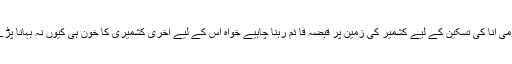
قومی انا کی تسکین کے لیے کشمیر کی زمین پر قبضہ قا ئم رہنا چاہیے خواہ اُس کے لیے آخری کشمیری کا خون ہی کیوں نہ بہانا پڑے۔